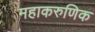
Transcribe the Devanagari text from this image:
महाकरुणिक